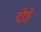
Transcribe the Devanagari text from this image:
दौड्ने